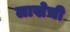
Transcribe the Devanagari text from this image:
लाखेची